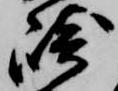
崎